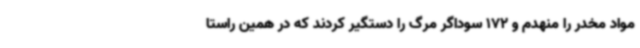
مواد مخدر را منهدم و 172 سوداگر مرگ را دستگیر کردند که در همین راستا